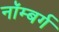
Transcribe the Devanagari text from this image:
नॉम्बर्ग